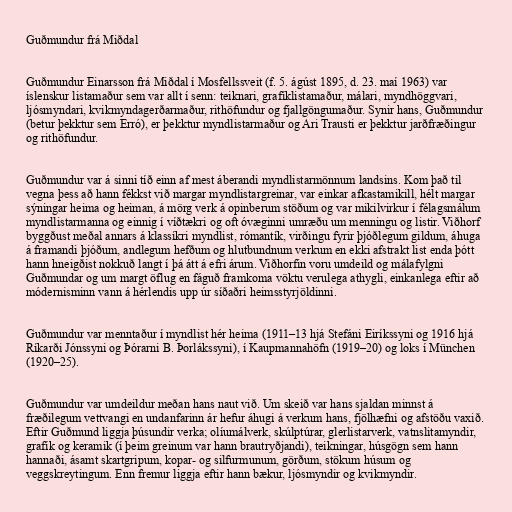
Guðmundur frá Miðdal

Guðmundur Einarsson frá Miðdal í Mosfellssveit (f. 5. ágúst 1895, d. 23. maí 1963) var
íslenskur listamaður sem var allt í senn: teiknari, grafíklistamaður, málari, myndhöggvari,
ljósmyndari, kvikmyndagerðarmaður, rithöfundur og fjallgöngumaður. Synir hans, Guðmundur
(betur þekktur sem Erró), er þekktur myndlistarmaður og Ari Trausti er þekktur jarðfræðingur
og rithöfundur.

Guðmundur var á sinni tíð einn af mest áberandi myndlistarmönnum landsins. Kom það til
vegna þess að hann fékkst við margar myndlistargreinar, var einkar afkastamikill, hélt margar
sýningar heima og heiman, á mörg verk á opinberum stöðum og var mikilvirkur í félagsmálum
myndlistarmanna og einnig í víðtækri og oft óvæginni umræðu um menningu og listir. Viðhorf
byggðust meðal annars á klassíkri myndlist, rómantík, virðingu fyrir þjóðlegum gildum, áhuga
á framandi þjóðum, andlegum hefðum og hlutbundnum verkum en ekki afstrakt list enda þótt
hann hneigðist nokkuð langt í þá átt á efri árum. Viðhorfin voru umdeild og málafylgni
Guðmundar og um margt öflug en fáguð framkoma vöktu verulega athygli, einkanlega eftir að
módernisminn vann á hérlendis upp úr síðaðri heimsstyrjöldinni.

Guðmundur var menntaður í myndlist hér heima (1911–13 hjá Stefáni Eiríkssyni og 1916 hjá
Ríkarði Jónssyni og Þórarni B. Þorlákssyni), í Kaupmannahöfn (1919–20) og loks í München
(1920–25).

Guðmundur var umdeildur meðan hans naut við. Um skeið var hans sjaldan minnst á
fræðilegum vettvangi en undanfarinn ár hefur áhugi á verkum hans, fjölhæfni og afstöðu vaxið.
Eftir Guðmund liggja þúsundir verka; olíumálverk, skúlptúrar, glerlistarverk, vatnslitamyndir,
grafík og keramik (í þeim greinum var hann brautryðjandi), teikningar, húsgögn sem hann
hannaði, ásamt skartgripum, kopar- og silfurmunum, görðum, stökum húsum og
veggskreytingum. Enn fremur liggja eftir hann bækur, ljósmyndir og kvikmyndir.